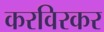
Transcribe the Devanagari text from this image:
करविरकर